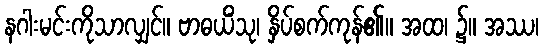
နဂါးမင်းကိုသာလျှင်။ ဗာဓယိံသု၊ နှိပ်စက်ကုန်၏။ အထ၊ ၌။ အဿ၊